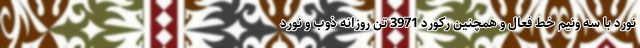
نورد با سه ونیم خط فعال و همچنین رکورد 3971 تن روزانه ذوب و نورد